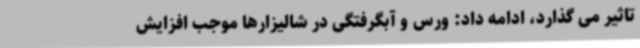
تاثیر می گذارد، ادامه داد: ورس و آبگرفتگی در شالیزارها موجب افزایش